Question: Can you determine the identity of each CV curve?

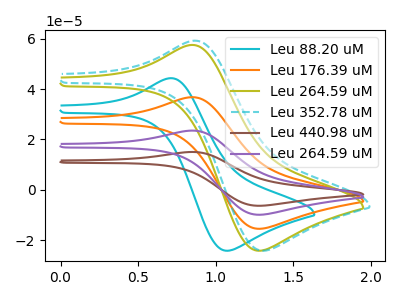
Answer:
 <answer>The cyan curve is labeled "Leu 88.20 uM". The orange curve is labeled "Leu 176.39 uM". The olive curve is labeled "Leu 264.59 uM". The cyan dashed curve is labeled "Leu 352.78 uM". The brown curve is labeled "Leu 440.98 uM". The purple curve is labeled "Leu 264.59 uM".</answer>
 <eval></eval>